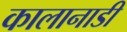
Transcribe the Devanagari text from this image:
कालानाडी